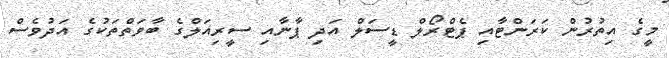
މީގެ އިތުރުން ކަރަންޓާއި ޕެޓްރޯލް ޑީސަލް އަދި ޕާނާއި ސީރިއަލްގެ ބާވަތްތަކުގެ އަދުވެސް